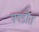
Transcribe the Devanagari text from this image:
पगडीत